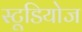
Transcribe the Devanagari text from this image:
स्‍टूडियोज